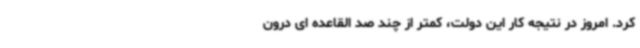
کرد. امروز در نتیجه کار این دولت، کمتر از چند صد القاعده ای درون